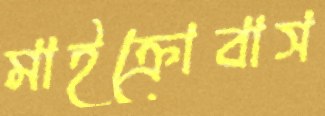
মাইক্রোবাস